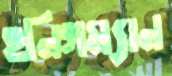
হনিগম্যান